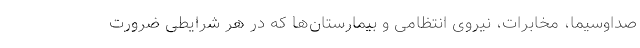
صداوسیما، مخابرات، نیروی انتظامی و بیمارستان‌ها که در هر شرایطی ضرورت